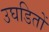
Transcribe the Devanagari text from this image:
उघडितों